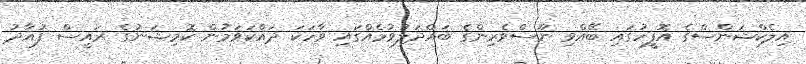
އިލެކްޝަންސްގެ އޮފީހުގައި ބޭއްވި ނޫސްވެރިންގެ ބައްދަލުވުމެއްގައި ވާހަކަ ދައްކަވަމުން ކޮމިޝަނުގެ ރައީސް ފުއާދު